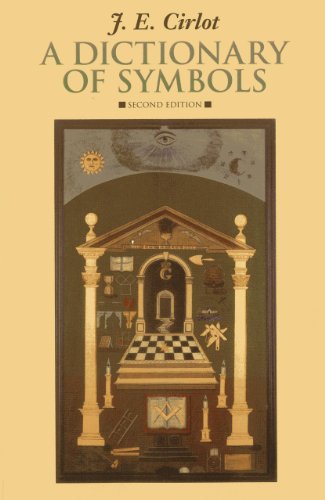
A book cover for A Dictionary of Symbols; J. E. Cirlot; Religion & Spirituality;